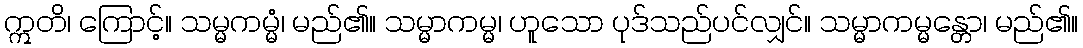
ဣတိ၊ ကြောင့်။ သမ္မကမ္မံ၊ မည်၏။ သမ္မာကမ္မ၊ ဟူသော ပုဒ်သည်ပင်လျှင်။ သမ္မာကမ္မန္တော၊ မည်၏။